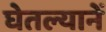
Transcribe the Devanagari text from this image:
घेतल्यानें